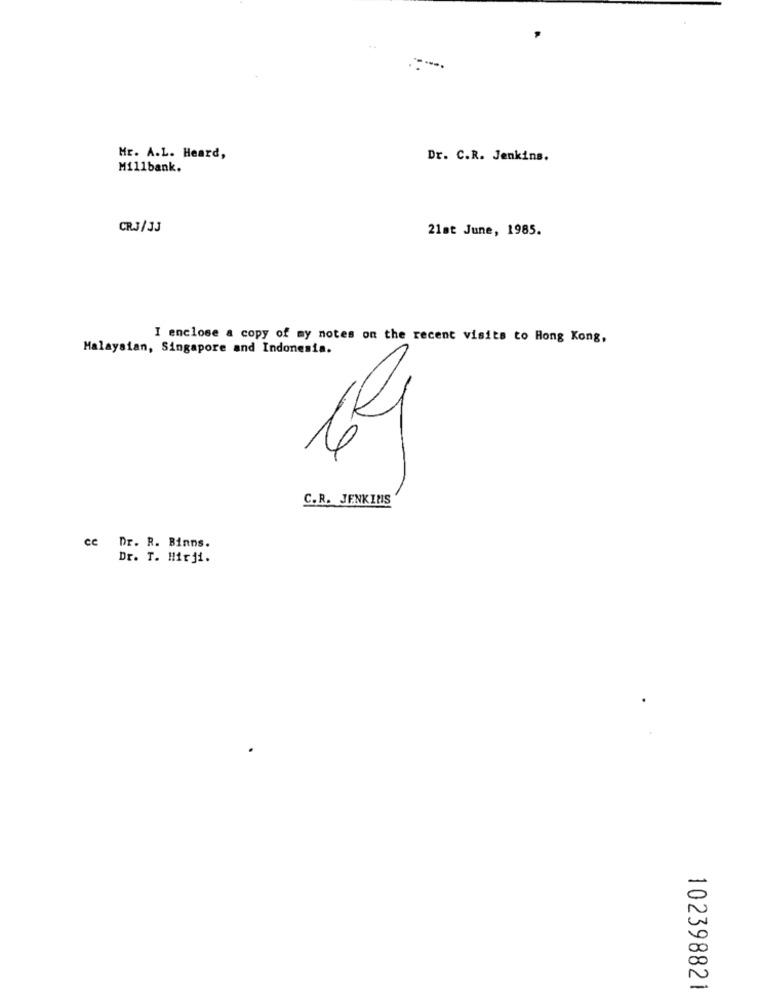
Mr. A.L. Heard,
Dr. C.R. Jenkins.
Mil1bank.
CRJ/JJ
21st June, 1985.
I enclose a copy of my notes on the recent visits to Hong Kong,
Malaysian, Singapore and Indonesia.
61
C.R. JENKINS
ce Dr. R. Binns.
Dr. T. Hirji.
102398821